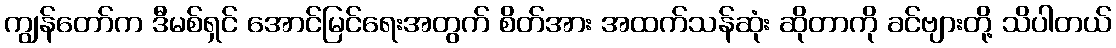
ကျွန်တော်က ဒီမစ်ရှင် အောင်မြင်ရေးအတွက် စိတ်အား အထက်သန်ဆုံး ဆိုတာကို ခင်ဗျားတို့ သိပါတယ်